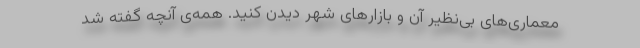
معماری‌های بی‌نظیر آن و بازارهای شهر دیدن کنید. همه‌ی آنچه گفته شد